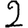
Digit: 2